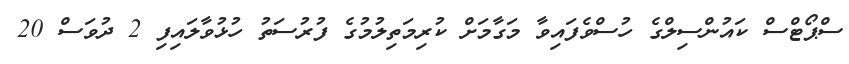
ސްޕޯޓްސް ކައުންސިލްގެ ހުސްވެފައިވާ މަގާމަށް ކުރިމަތިލުމުގެ ފުރުސަތު ހުޅުވާލައިފި 2 ދުވަސް 20